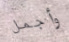
وأجمل